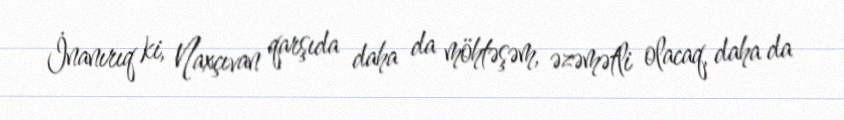
İnanırıq ki, Naxçıvan qarşıda daha da möhtəşəm, əzəmətli olacaq, daha da